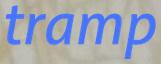
tramp